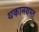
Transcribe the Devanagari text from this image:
थकानग्रस्त